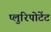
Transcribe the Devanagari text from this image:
प्लुरिपोटेंट